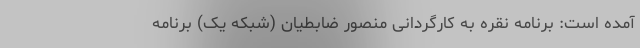
آمده‌ است: برنامه نقره به کارگردانی منصور ضابطیان (شبکه یک) برنامه